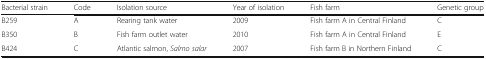
| Bacterial strain | Code | Isolation source | Year of isolation | Fish farm | Genetic group |
 | --- | --- | --- | --- | --- | --- |
 | B259 | A | Rearing tank water | 2009 | Fish farm A in Central Finland | C |
 | B350 | B | Fish farm outlet water | 2010 | Fish farm A in Central Finland | E |
 | B424 | C | Atlantic salmon, Salmo salar | 2007 | Fish farm B in Northern Finland | C |